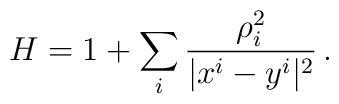
H       = 1+ \sum_{i} \frac{\rho_{i}^2}{|x^i-y^i|^2}\, .